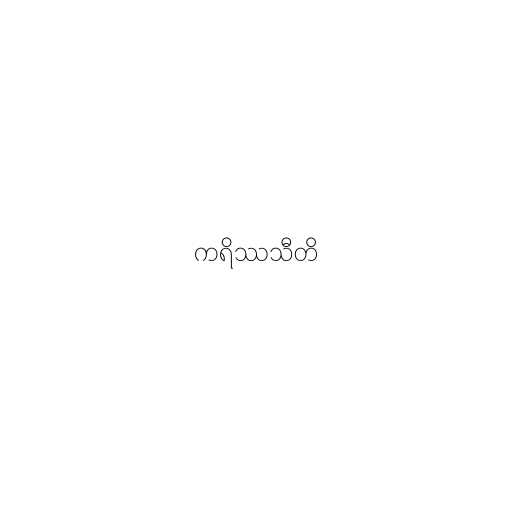
ကရိဿသီတိ